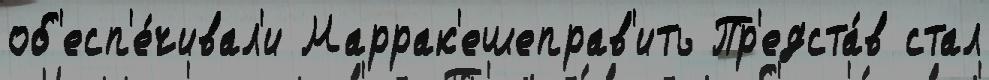
об'есп'е́чивал'и Маррак'ешеправ'ить Пр'едста́в стал